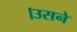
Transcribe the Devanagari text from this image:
।उसने